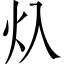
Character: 𱪡